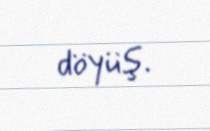
döyüş.